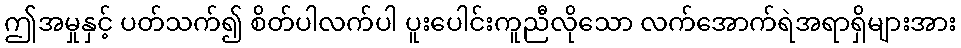
ဤအမှုနှင့် ပတ်သက်၍ စိတ်ပါလက်ပါ ပူးပေါင်းကူညီလိုသော လက်အောက်ရဲအရာရှိများအား